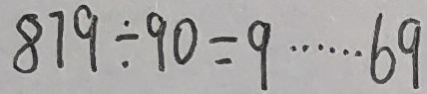
8 7 9 \div 9 0 = 9 \cdots 6 9